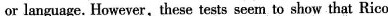
or language. However,these tests seem to show that Rico